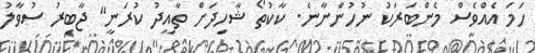
ހަމަ އެއްވެސް މެންބަރަކު ނުހުންނާނެ. ކާކުތޯ ޝާހިދަށް ތާއީދު ކުރަނީ" ޖާބިރު ސުވާލު